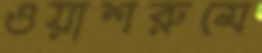
ওয়াশরুমে